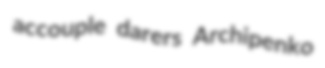
accouple darers Archipenko